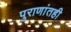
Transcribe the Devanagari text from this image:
पुराणांतही